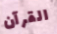
القرآن